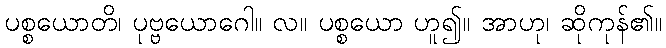
ပစ္စယောတိ၊ ပုဗ္ဗယောဂေါ။ လ။ ပစ္စယော ဟူ၍။ အာဟု၊ ဆိုကုန်၏။